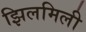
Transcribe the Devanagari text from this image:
झिलमिली